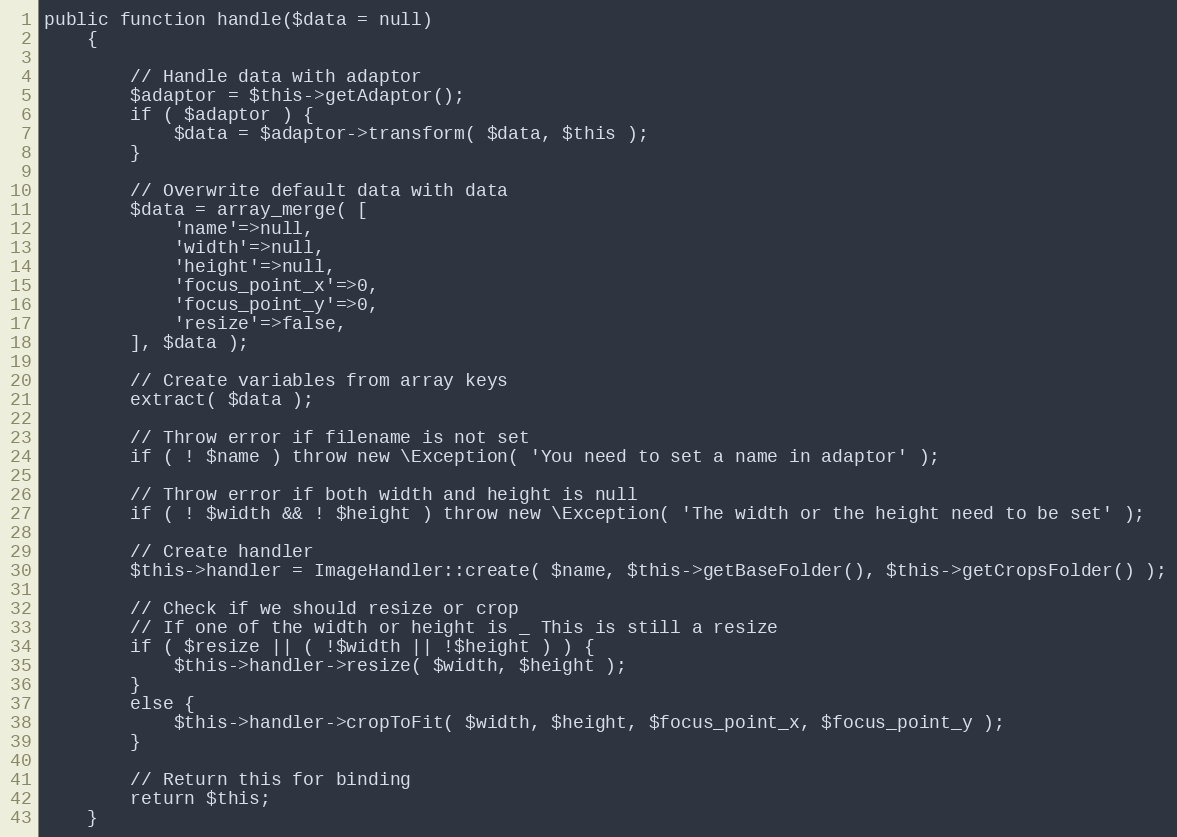
Language: PHP
public function handle($data = null)
    {

        // Handle data with adaptor
        $adaptor = $this->getAdaptor();
        if ( $adaptor ) {
            $data = $adaptor->transform( $data, $this );
        }

        // Overwrite default data with data
        $data = array_merge( [
            'name'=>null,
            'width'=>null,
            'height'=>null,
            'focus_point_x'=>0,
            'focus_point_y'=>0,
            'resize'=>false,
        ], $data );

        // Create variables from array keys
        extract( $data );

        // Throw error if filename is not set
        if ( ! $name ) throw new \Exception( 'You need to set a name in adaptor' );

        // Throw error if both width and height is null
        if ( ! $width && ! $height ) throw new \Exception( 'The width or the height need to be set' );

        // Create handler
        $this->handler = ImageHandler::create( $name, $this->getBaseFolder(), $this->getCropsFolder() );

        // Check if we should resize or crop
        // If one of the width or height is _ This is still a resize
        if ( $resize || ( !$width || !$height ) ) {
            $this->handler->resize( $width, $height );
        }
        else {
            $this->handler->cropToFit( $width, $height, $focus_point_x, $focus_point_y );
        }

        // Return this for binding
        return $this;
    }